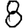
Digit: 8